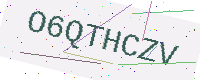
Text: O6QTHCZV